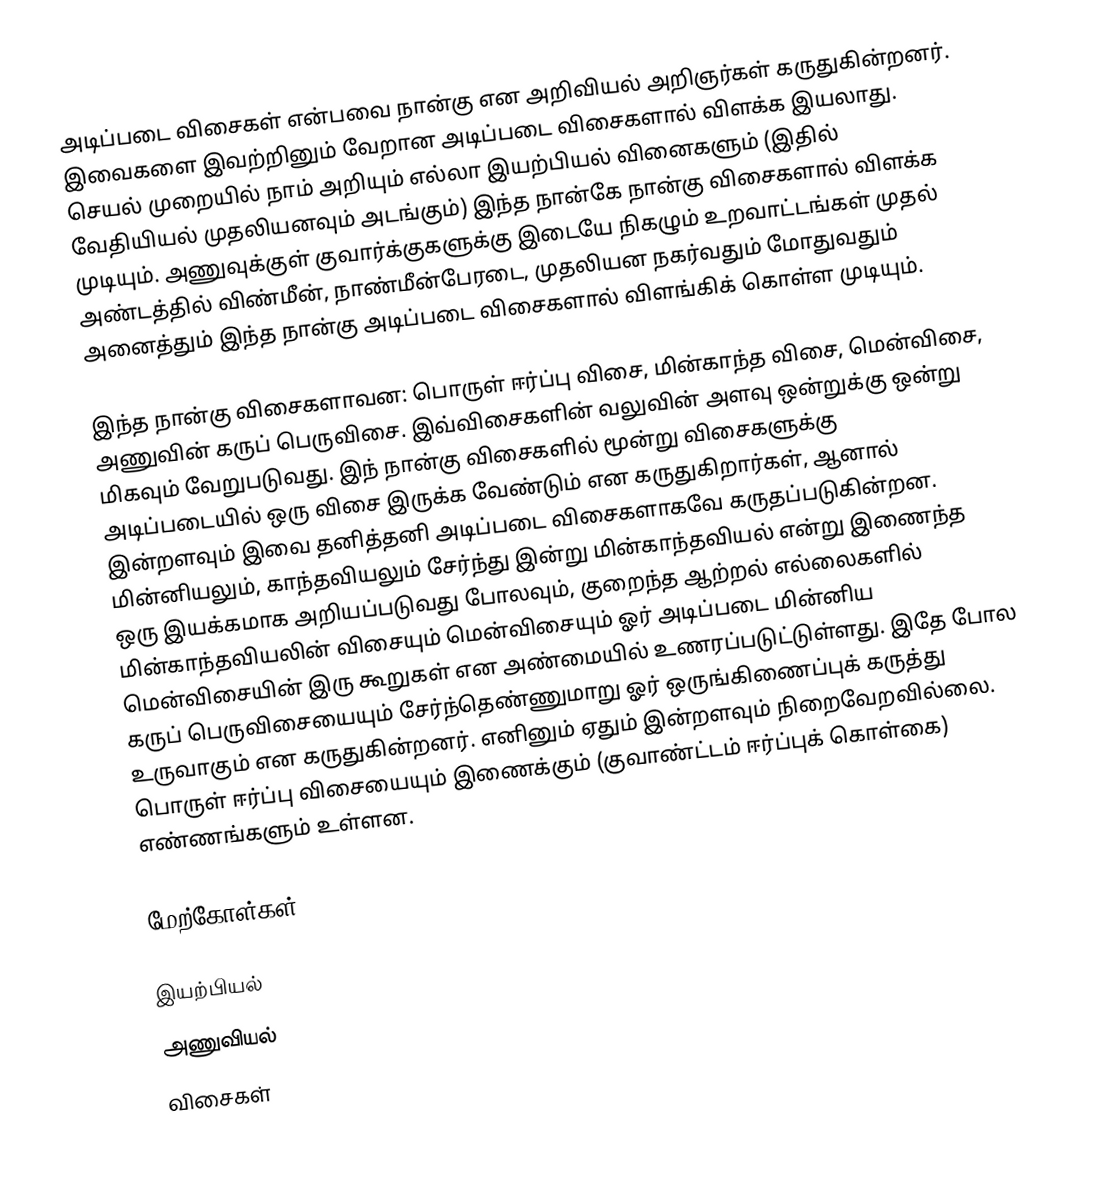
அடிப்படை விசைகள் என்பவை நான்கு என அறிவியல் அறிஞர்கள் கருதுகின்றனர். இவைகளை இவற்றினும் வேறான அடிப்படை விசைகளால் விளக்க இயலாது. செயல் முறையில் நாம் அறியும் எல்லா இயற்பியல் வினைகளும் (இதில் வேதியியல் முதலியனவும் அடங்கும்) இந்த நான்கே நான்கு விசைகளால் விளக்க முடியும். அணுவுக்குள் குவார்க்குகளுக்கு இடையே நிகழும் உறவாட்டங்கள் முதல் அண்டத்தில் விண்மீன், நாண்மீன்பேரடை, முதலியன நகர்வதும் மோதுவதும் அனைத்தும் இந்த நான்கு அடிப்படை விசைகளால் விளங்கிக் கொள்ள முடியும்.

இந்த நான்கு விசைகளாவன: பொருள் ஈர்ப்பு விசை, மின்காந்த விசை, மென்விசை, அணுவின் கருப் பெருவிசை. இவ்விசைகளின் வலுவின் அளவு ஒன்றுக்கு ஒன்று மிகவும் வேறுபடுவது. இந் நான்கு விசைகளில் மூன்று விசைகளுக்கு அடிப்படையில் ஒரு விசை இருக்க வேண்டும் என கருதுகிறார்கள், ஆனால் இன்றளவும் இவை தனித்தனி அடிப்படை விசைகளாகவே கருதப்படுகின்றன. மின்னியலும், காந்தவியலும் சேர்ந்து இன்று மின்காந்தவியல் என்று இணைந்த ஒரு இயக்கமாக அறியப்படுவது போலவும், குறைந்த ஆற்றல் எல்லைகளில் மின்காந்தவியலின் விசையும் மென்விசையும் ஓர் அடிப்படை மின்னிய மென்விசையின் இரு கூறுகள் என அண்மையில் உணரப்படுட்டுள்ளது. இதே போல கருப் பெருவிசையையும் சேர்ந்தெண்ணுமாறு ஓர் ஒருங்கிணைப்புக் கருத்து உருவாகும் என கருதுகின்றனர். எனினும் ஏதும் இன்றளவும் நிறைவேறவில்லை. பொருள் ஈர்ப்பு விசையையும் இணைக்கும் (குவாண்ட்டம் ஈர்ப்புக் கொள்கை) எண்ணங்களும் உள்ளன.

மேற்கோள்கள்

இயற்பியல்
அணுவியல்
விசைகள்